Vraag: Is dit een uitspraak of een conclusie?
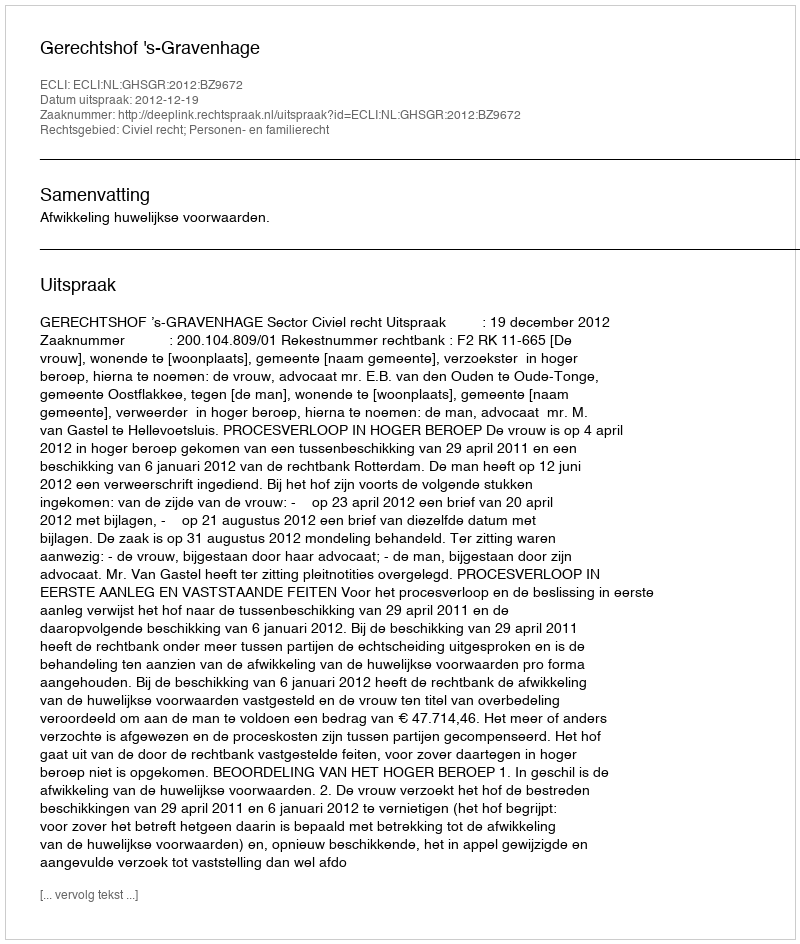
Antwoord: Uitspraak